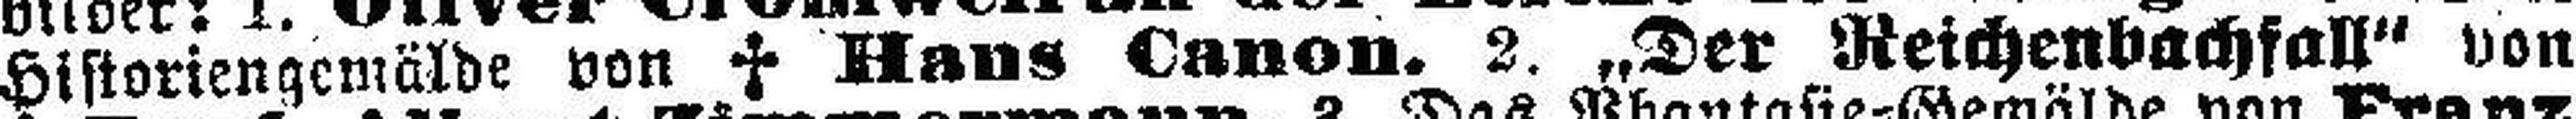
Historiengemälde von † Hans Canon. 2. „Der Reichenbachfall“ von